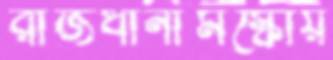
রাজধানীমস্কোয়